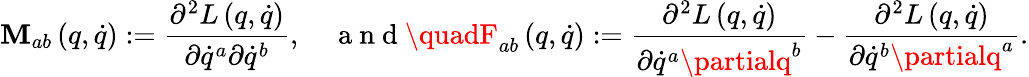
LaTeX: \mathbf{M}_{ab}\left(q,\dot{{q}}\right):=\frac{{\partial^{2}L\left(q,\dot{{q}}\right)}}{{\partial\dot{{q}}^{a}\partial\dot{{q}}^{b}}},\quad\mathrm{{~a~n~d~}}\quadF_{ab}\left(q,\dot{{q}}\right):=\frac{{\partial^{2}L\left(q,\dot{{q}}\right)}}{{\partial\dot{{q}}^{a}\partialq^{b}}}-\frac{{\partial^{2}L\left(q,\dot{{q}}\right)}}{{\partial\dot{{q}}^{b}\partialq^{a}}}.